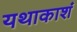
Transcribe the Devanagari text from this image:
यथाकाशं